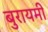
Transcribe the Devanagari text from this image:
बुरायमी